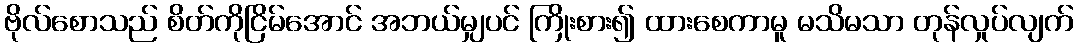
ဗိုလ်စောသည် စိတ်ကိုငြိမ်အောင် အဘယ်မျှပင် ကြိုးစား၍ ထားစေကာမူ မသိမသာ တုန်လှုပ်လျက်